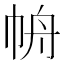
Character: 𱜥